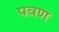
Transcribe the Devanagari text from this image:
पवण